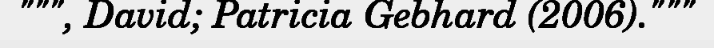
""", David; Patricia Gebhard (2006)."""